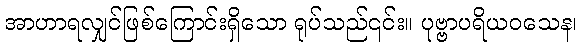
အာဟာရလျှင်ဖြစ်ကြောင်းရှိသော ရုပ်သည်၎င်း။ ပုဗ္ဗာပရိယဝသေန၊